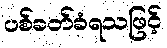
ပစ်ခတ်ခံရသဖြင့်